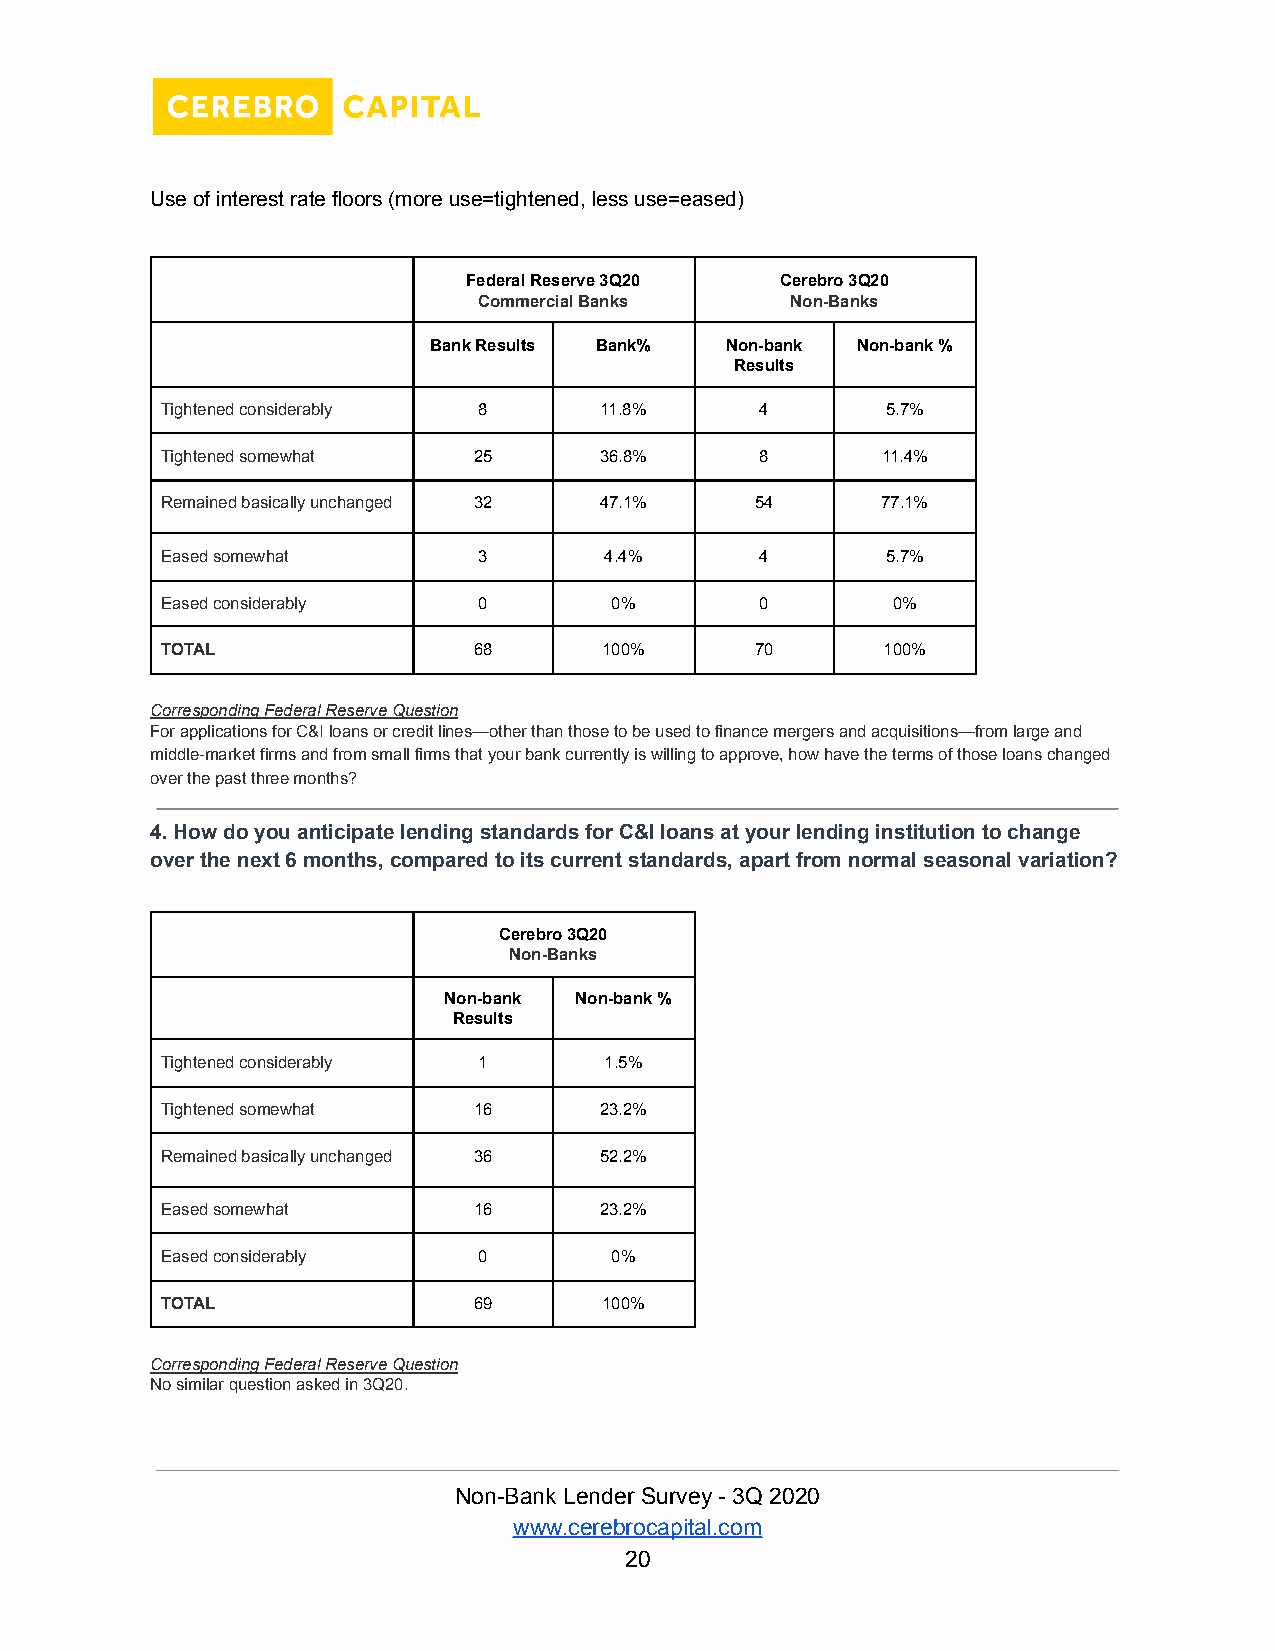
Use of interest rate floors (more use=tightened, less use=eased)
 Federal Reserve 3Q20 Cerebro 3Q20
 Commercial Banks    Non-Banks
 Bank Results Bank%  Non-bank Non-bank %
 Results
 Tightened considerably 8     11.8%     4        5.7%
 Tightened somewhat  25       36.8%     8       11.4%
 Remained basically unchanged 32 47.1%  54      77.1%
 Eased somewhat       3       4.4%      4        5.7%
 Eased considerably   0       0%        0        0%
 TOTAL               68       100%      70      100%
 Corresponding Federal Reserve Question
 For applications for C&I loans or credit lines—other than those to be used to finance mergers and acquisitions—from large and
 middle-market firms and from small firms that your bank currently is willing to approve, how have the terms of those loans changed
 over the past three months?
 4. How do you anticipate lending standards for C&I loans at your lending institution to change
 over the next 6 months, compared to its current standards, apart from normal seasonal variation?
 Cerebro 3Q20
 Non-Banks
 Non-bank Non-bank %
 Results
 Tightened considerably 1     1.5%
 Tightened somewhat  16       23.2%
 Remained basically unchanged 36 52.2%
 Eased somewhat      16       23.2%
 Eased considerably   0       0%
 TOTAL               69       100%
 Corresponding Federal Reserve Question
 No similar question asked in 3Q20.
 Non-Bank Lender Survey - 3Q 2020
 www.cerebrocapital.com
 20